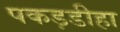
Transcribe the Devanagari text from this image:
पकड़डीहा